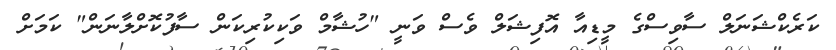
ކަރެކްޝަނަލް ސާވިސްގެ މީޑިއާ އޮފިޝަލް ވެސް ވަނީ "ހުޝާމް ވަކިކުރިކަން ސާފުކޮށްލާނަން" ކަމަށް